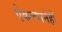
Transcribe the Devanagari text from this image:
ऐकल्यानेही